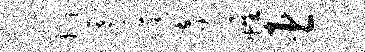
钧虐淬妾帷臣